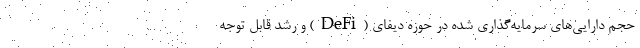
حجم دارایی‌های سرمایه‌گذاری شده در حوزه دیفای (DeFi) و رشد قابل توجه